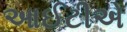
આઈટીએ